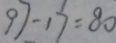
9 7 - 1 7 = 8 0